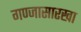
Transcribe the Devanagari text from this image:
गण्जासारखा